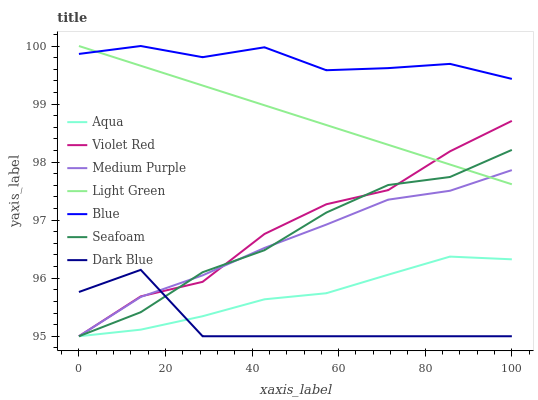
| xaxis_label | Aqua | Violet Red | Medium Purple | Light Green | Blue | Seafoam | Dark Blue |
 | --- | --- | --- | --- | --- | --- | --- | --- |
 | 0 | 95 | 95 | 95 | 100 | 99.9 | 95 | 95.8 |
 | 14.3 | 95.1 | 95.7 | 95.7 | 99.7 | 100 | 95.4 | 96.1 |
 | 28.6 | 95.3 | 95.9 | 96 | 99.3 | 99.8 | 96.1 | 95 |
 | 42.9 | 95.6 | 96.8 | 96.5 | 99 | 100 | 96.5 | 95 |
 | 57.1 | 95.7 | 97.3 | 96.9 | 98.6 | 99.6 | 97.1 | 95 |
 | 71.4 | 96.1 | 97.5 | 97.4 | 98.3 | 99.6 | 97.6 | 95 |
 | 85.7 | 96.4 | 98.2 | 97.5 | 98 | 99.7 | 97.7 | 95 |
 | 100 | 96.3 | 98.7 | 97.9 | 97.6 | 99.4 | 98.2 | 95 |